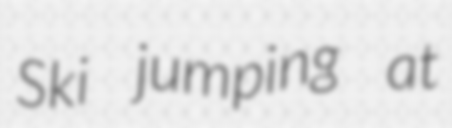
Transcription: Ski jumping at